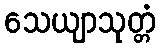
သေယျာသုတ္တံ